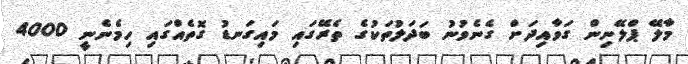
މާލޭ ޕްލޭނިން ގަވާއިދަށް ގެނެވުނު ބަދަލުތަކުގެ ތެރޭގައި މައިގަނޑު ގޮތެއްގައި ހިމެނެނީ 4000